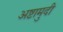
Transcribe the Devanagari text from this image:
अष्टामुदी